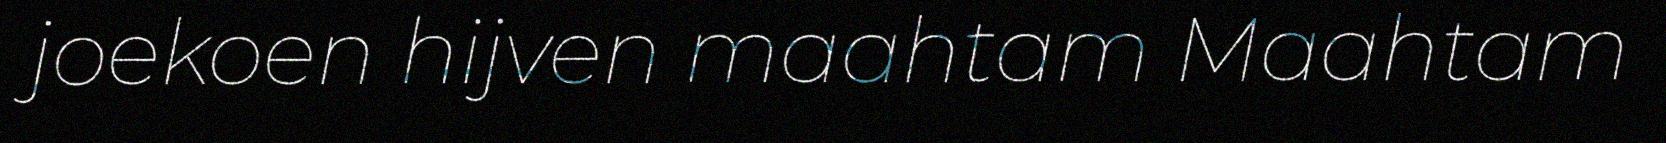
joekoen hijven maahtam Maahtam